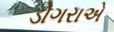
ડોગરાએ